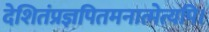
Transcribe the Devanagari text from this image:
देशितंप्रज्ञपितमनात्मेत्यपि।